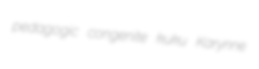
pedagogic congenite kuku Karynne